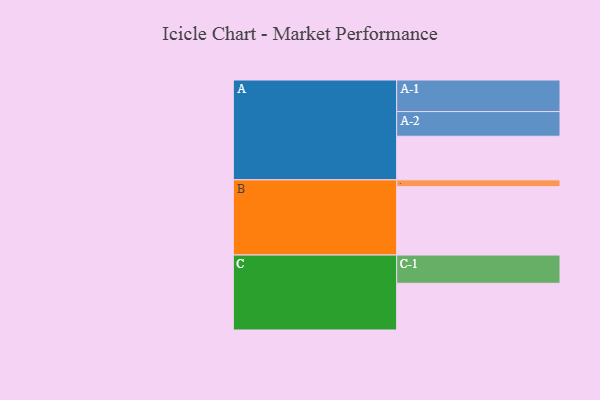
{"axis": {"x": "Segment", "y": "Value"}, "legend": ["", "A", "B", "C"], "data": [{"x": "A", "y": 366, "type": ""}, {"x": "B", "y": 574, "type": ""}, {"x": "C", "y": 392, "type": ""}, {"x": "A-1", "y": 265, "type": "A"}, {"x": "A-2", "y": 207, "type": "A"}, {"x": "B-1", "y": 57, "type": "B"}, {"x": "C-1", "y": 237, "type": "C"}]}